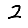
Digit: 2